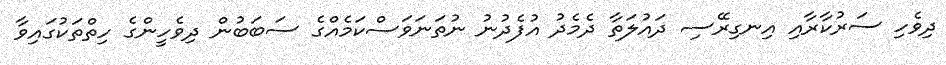
ދިވެހި ސަރުކާރާއި އިނގިރޭސި ދައުލަތާ ދެމެދު އުފެދުނު ނުތަނަވަސްކަމެއްގެ ސަބަބުން ދިވެހީންގެ ހިތްތަކުގައިވާ